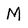
Character: M